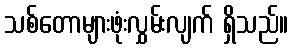
သစ်တောများဖုံးလွှမ်းလျက် ရှိသည်။